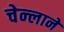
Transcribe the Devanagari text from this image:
चेन्लाने